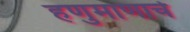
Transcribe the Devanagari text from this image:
हणुमाणाचे